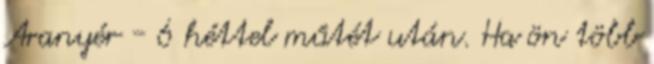
Aranyér - 6 héttel műtét után. Ha ön több